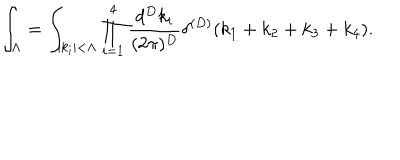
LaTeX: \int _ { \Lambda } = \int _ { | k _ { i } | < \Lambda } \prod _ { i = 1 } ^ { 4 } \frac { d ^ { D } k _ { i } } { ( 2 \pi ) ^ { D } } \delta ^ { ( D ) } ( k _ { 1 } + k _ { 2 } + k _ { 3 } + k _ { 4 } ) .